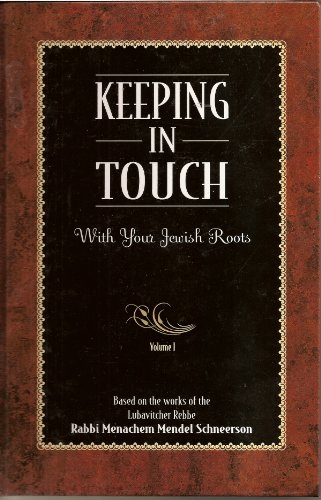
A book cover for Keeping In Touch With Your Jewish Roots Vol. I; Menachem Schneerson; Religion & Spirituality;